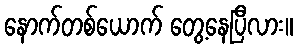
နောက်တစ်ယောက် တွေ့နေပြီလား။